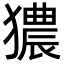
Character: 㺜